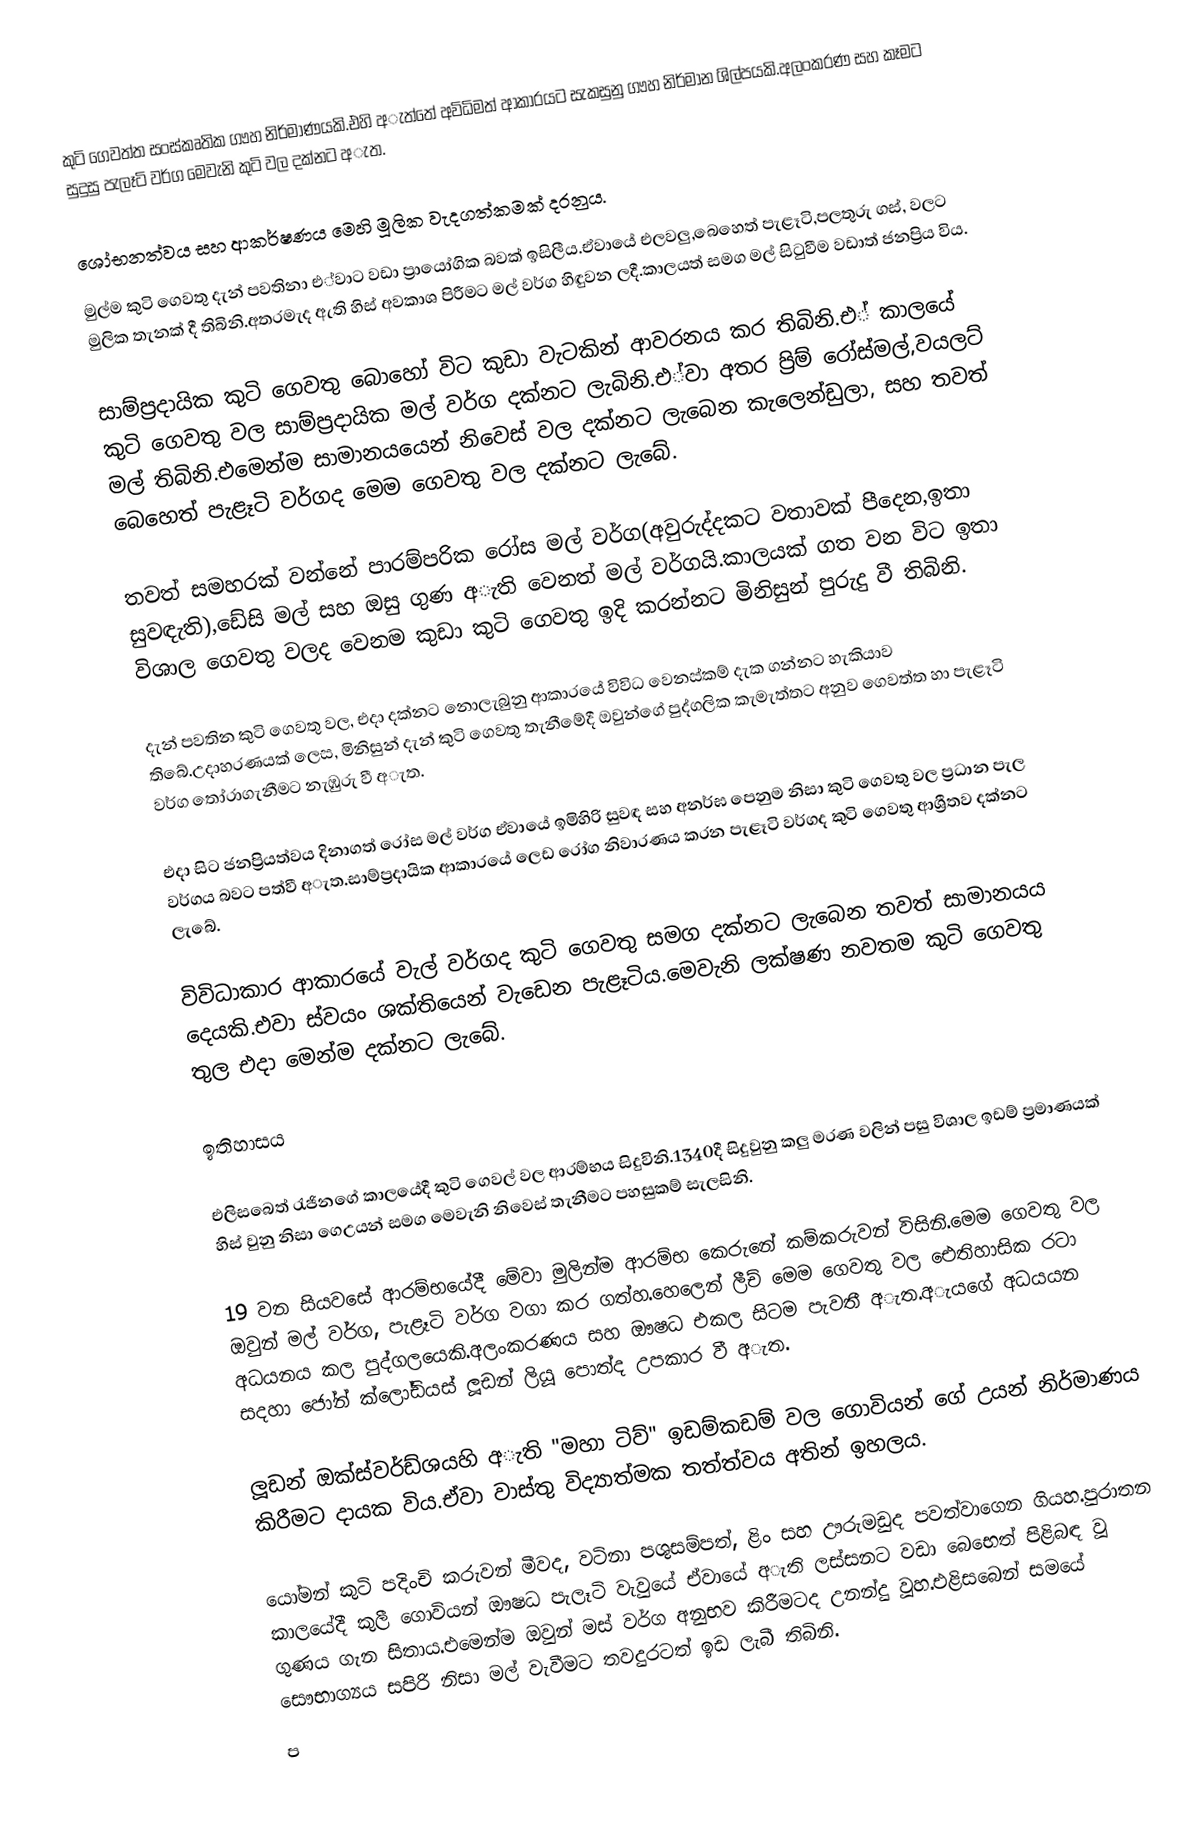
කුටි ගෙවත්ත සංස්කෘතික ගෳහ නිර්මාණයකි.එහි අැත්තේ අවිධිමත් ආකාරයට සැකසුනු ගෳහ නිර්මාන ශිල්පයකි.අලංකරණ සහ කෑමට සුදුසු පැලෑටි වර්ග මෙවැනි කුටි වල දක්නට අැත.

ශෝභනත්වය සහ ආකර්ෂණය මෙහි මූලික වැදගත්කමක් දරනුය.
මුල්ම කුටි ගෙවතු දැන් පවතිනා එ්වාට වඩා ප්‍රායෝගික බවක් ඉසිලීය.ඒවායේ එලවලු,බෙහෙත් පැළෑටි,පලතුරු ගස්, වලට මුලික තැනක් දී තිබිනි.අතරමැද ඇති හිස් අවකාශ පිරීමට මල් වර්ග හිඳුවන ලදී.කාලයත් සමග මල් සිටුවීම වඩාත් ජනප්‍රිය විය.

සාම්ප්‍රදායික කුටි ගෙවතු බොහෝ විට කුඩා වැටකින් ආවරනය කර තිබිනි.එ් කාලයේ කුටි ගෙවතු වල සාම්ප්‍රදායික මල් වර්ග දක්නට ලැබිනි.එ්වා අතර ප්‍රිම් රෝස්මල්,වයලට් මල් තිබිනි.එමෙන්ම සාමානයයෙන් නිවෙස් වල දක්නට ලැබෙන කැලෙන්ඩුලා, සහ තවත් බෙහෙත් පැළෑටි වර්ගද මෙම ගෙවතු වල දක්නට ලැබේ.

තවත් සමහරක් වන්නේ පාරම්පරික රෝස මල් වර්ග(අවුරුද්දකට වතාවක් පීදෙන,ඉතා සුවඳැති),ඩේසි මල් සහ ඔසු ගුණ අැති වෙනත් මල් වර්ගයි.කාලයක් ගත වන විට ඉතා විශාල ගෙවතු වලද වෙනම කුඩා කුටි ගෙවතු ඉදි කරන්නට මිනිසුන් පුරුදු වී තිබිනි.

දැන් පවතින කුටි ගෙවතු වල, එදා දක්නට නොලැබුනු ආකාරයේ විවිධ වෙනස්කම් දැක ගන්නට හැකියාව තිබේ.උදාහරණයක් ලෙස, මිනිසුන් දැන් කුටි ගෙවතු තැනීමේදී ඔවුන්ගේ පුද්ගලික කැමැත්තට අනුව ගෙවත්ත හා පැළෑටි වර්ග තෝරාගැනීමට නැඹුරු වී අැත.

එදා සිට ජනප්‍රියත්වය දිනාගත් රෝස මල් වර්ග ඒවායේ ඉමිහිරි සුවඳ සහ අනර්ඝ පෙනුම නිසා කුටි ගෙවතු වල ප්‍රධාන පැල වර්ගය බවට පත්වී අැත.සාම්ප්‍රදායික  ආකාරයේ ලෙඩ රෝග නිවාරණය කරන පැළෑටි වර්ගද කුටි ගෙවතු ආශ්‍රීතව දක්නට ලැබේ.

විවිධාකාර ආකාරයේ වැල් වර්ගද කුටි ගෙවතු සමග දක්නට ලැබෙන තවත් සාමානයය දෙයකි.එවා ස්වයං ශක්තියෙන් වැඩෙන පැළෑටිය.මෙවැනි ලක්ෂණ නවතම කුටි ගෙවතු තුල එදා මෙන්ම දක්නට ලැබේ.

ඉතිහාසය

එලිසබෙත් රැජිනගේ කාලයේදී කුටි ගෙවල් වල ආරම්භය සිදුවිනි.1340දී සිදුවුනු කලු මරණ වලින් පසු විශාල ඉඩම් ප්‍රමාණයක් හිස් වුනු නිසා ගෙඋයන් සමග මෙවැනි නිවෙස් තැනීමට පහසුකම් සැලසිනි.

19 වන සියවසේ ආරම්භයේදී මේවා මුලින්ම ආරම්භ කෙරුනේ කම්කරුවන් විසිනි.මෙම ගෙවතු වල ඔවුන් මල් වර්ග, පැළෑටි වර්ග වගා කර ගත්හ.හෙලෙන් ලීච් මෙම ගෙවතු වල ඓතිහාසික රටා අධයනය කල පුද්ගලයෙකි.අලංකරණය සහ ඖෂධ එකල සිටම පැවතී අැත.අැයගේ අධයයන සදහා ජෝන් ක්ලෝඩියස් ලූඩන් ලියූ පොත්ද උපකාර වී අැත.

ලූඩන් ඔක්ස්වර්ඩ්ශයහි අැති "මහා ටිව්" ඉඩම්කඩම් වල ගොවියන් ගේ උයන් නිර්මාණය කිරීමට දායක විය.ඒවා වාස්තු විද්‍යාත්මක තත්ත්වය අතින් ඉහලය.

යෝමන් කුටි පදිංචි කරුවන් මීවද, වටිනා පශුසම්පත්, ළිං සහ ඌරුමඩුද පවත්වාගෙන ගියහ.පුරාතන කාලයේදී කුලී ගොවියන් ඖෂධ පැලෑටි වැවුයේ ඒවායේ අැති ලස්සනට වඩා බෙභෙත් පිළිබඳ වූ ගුණය ගැන සිතාය.එමෙන්ම ඔවුන් මස් වර්ග අනුභව කිරීමටද උනන්දු වූහ.එළිසබෙන් සමයේ සෞභාග්‍යය සපිරි නිසා මල් වැවීමට තවදුරටත් ඉඩ ලැබී තිබිනි.
ප